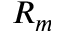
R _ { m }